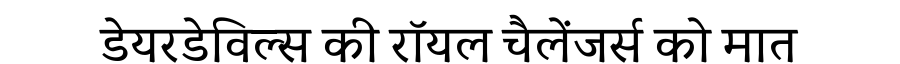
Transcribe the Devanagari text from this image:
डेयरडेविल्स की रॉयल चैलेंजर्स को मात